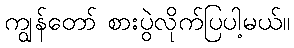
ကျွန်တော် စားပွဲလိုက်ပြပါ့မယ်။